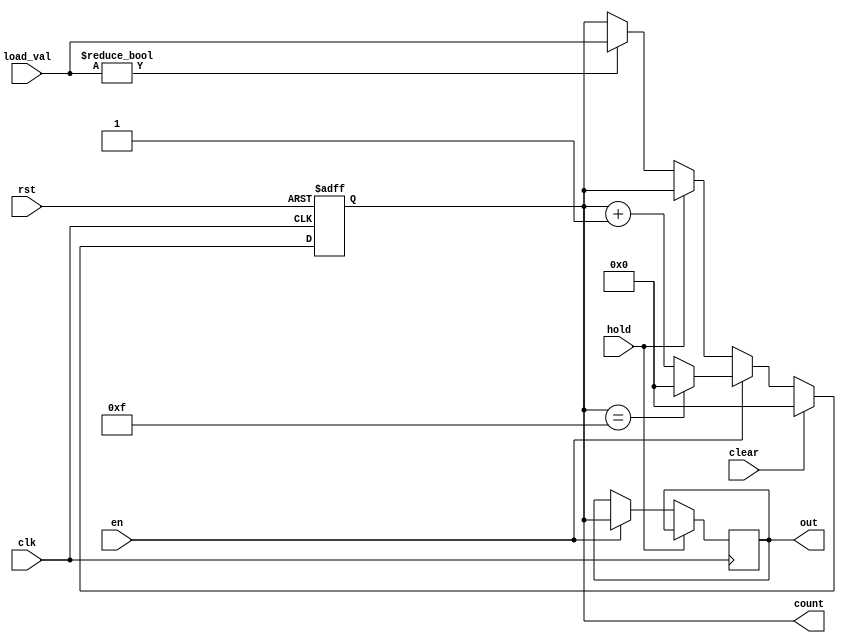
module synchronous_counter (
    input wire clk,            // Clock signal
    input wire rst,            // Asynchronous reset signal
    input wire en,             // Enable signal
    input wire hold,           // Hold control signal
    input wire clear,          // Clear control signal
    input wire [3:0] load_val, // Load value for the counter
    output reg [3:0] count,    // Counter output
    output reg [3:0] out       // Final output
);

// Counter logic
always @(posedge clk or posedge rst) begin
    if (rst) begin
        count <= 4'b0000;      // Reset the counter to 0
    end else if (clear) begin
        count <= 4'b0000;      // Clear the counter to 0
    end else if (en) begin
        count <= count + 1;    // Increment the counter
        // Handle overflow (wrap around)
        if (count == 4'b1111) begin
            count <= 4'b0000;  // Wrap around on overflow
        end
    end else if (hold) begin
        // Hold the counter value (do nothing)
    end else if (load_val) begin
        count <= load_val;     // Load specific value into the counter
    end
end

// Output control logic
always @(posedge clk) begin
    if (hold) begin
        out <= out;            // Hold the output (do nothing)
    end else if (en) begin
        out <= count;          // Update output with current count
    end
end

endmodule